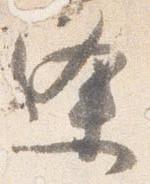
逢